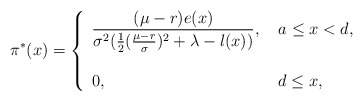
\begin{align*}\pi^*(x)= \left\{\begin{array}{ll} \displaystyle \frac{(\mu-r)e(x)}{\sigma^2(\frac{1}{2}(\frac{\mu-r}{\sigma})^2+\lambda-l(x))}, &\ a\leq x< d,\\ \\ 0, & \ d\le x, \end{array}\right.\end{align*}